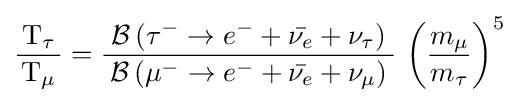
{\frac {\,\mathrm {T} _{\tau }\,}{\mathrm {T} _{\mu }}}={\frac {\;{\mathcal {B}}\left(\tau ^{-}\rightarrow e^{-}+{\bar {\nu _{e}}}+\nu _{\tau }\right)\;}{{\mathcal {B}}\left(\mu ^{-}\rightarrow e^{-}+{\bar {\nu _{e}}}+\nu _{\mu }\right)}}\,\left({\frac {m_{\mu }}{m_{\tau }}}\right)^{5}~